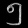
Digit: ၅